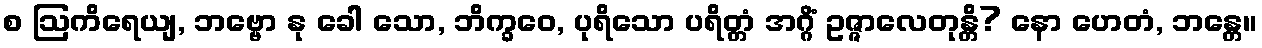
စ ဩကိရေယျ, ဘဗ္ဗော နု ခေါ သော, ဘိက္ခဝေ, ပုရိသော ပရိတ္တံ အဂ္ဂိံ ဥဇ္ဇာလေတုန္တိ? နော ဟေတံ, ဘန္တေ။